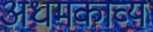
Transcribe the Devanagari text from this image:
अधमकाव्य